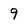
Character: 9